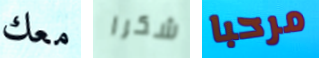
معك شكرا مرحبا